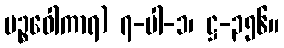
ပဉ္စဝေါကာရ) ၇-ပါ-၁၊ ဋ္ဌ-၃၅၆။